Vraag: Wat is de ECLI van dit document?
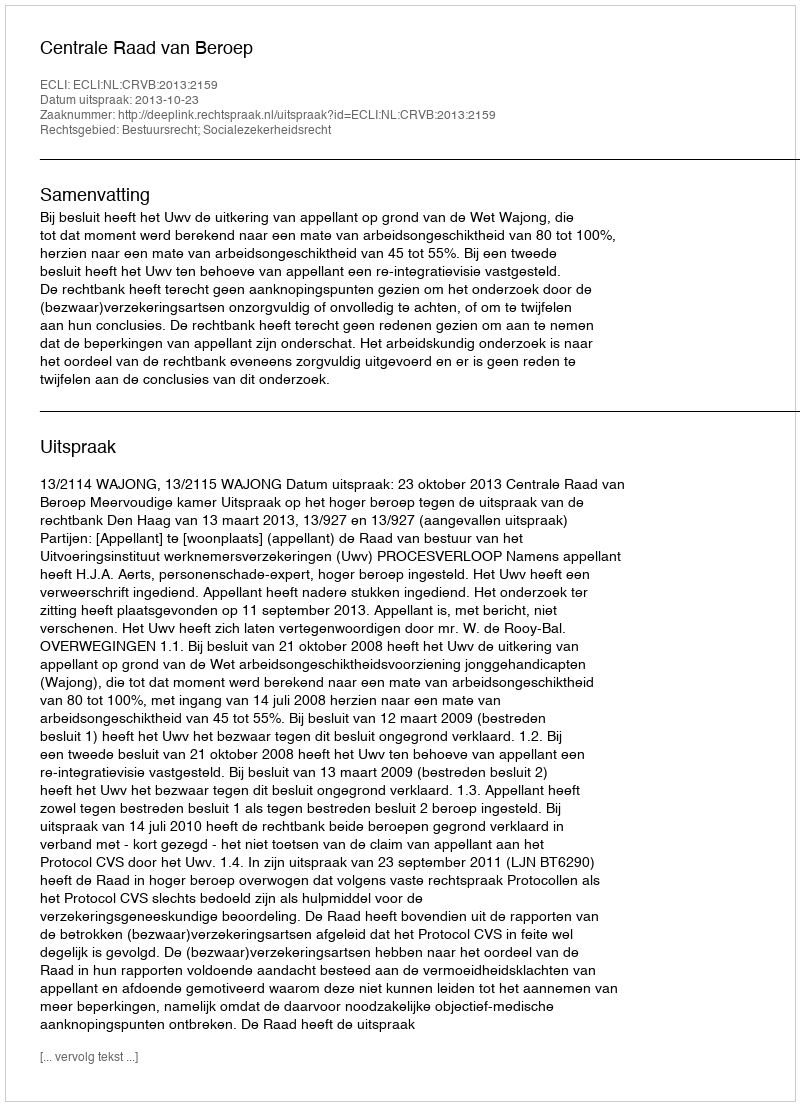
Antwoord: ECLI:NL:CRVB:2013:2159